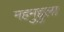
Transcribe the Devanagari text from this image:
महमुद्दुला